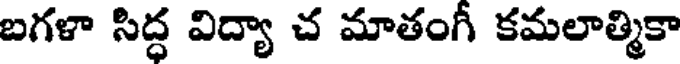
బగళా సిద్ధ విద్యా చ మాతంగీ కమలాత్మికా